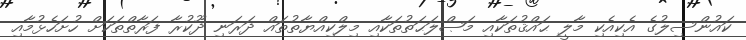
ކައުންސިލުގެ އެކިއެކި މާލީ ޙައްޤުތަކާއި މަޞްލަޙަތުތަކާއި މިލްކިއްޔާތުތައް ދަރަނި ދޫކުރާ ފަރާތްތަކަށް ހުށަހެޅުމާއި